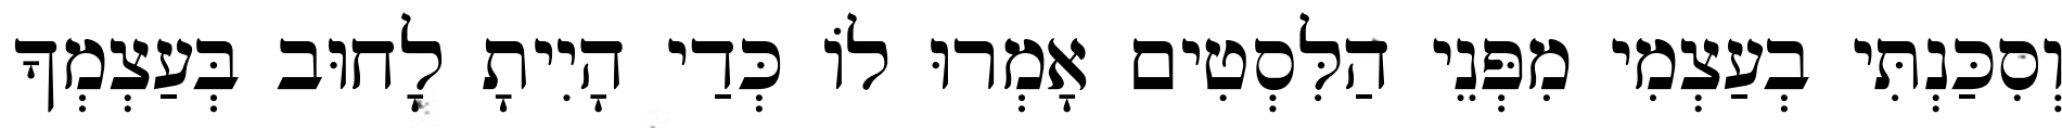
וְסִכַּנְתִּי בְעַצְמִי מִפְּנֵי הַלִּסְטִים אָמְרוּ לוֹ כְּדַי הָיִיתָ לָחוּב בְּעַצְמְךָ